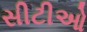
સીટીઓ